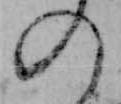
の